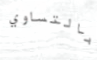
بالتساوي